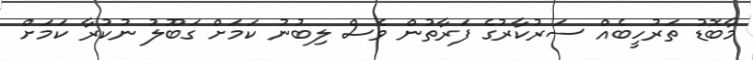
މާބޮޑު ތަރުހީބެއް ސަރުކާރުގެ ފަރާތުން ވެސް ލިބުނު ކަމަށް ގަބޫލު ނުކުރާ ކަމަށް